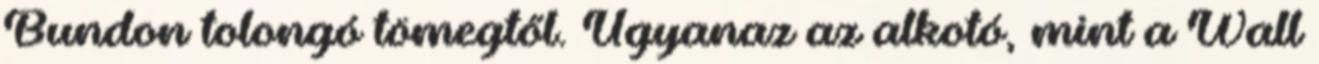
Bundon tolongó tömegtől. Ugyanaz az alkotó, mint a Wall